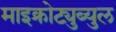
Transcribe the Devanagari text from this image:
माइक्रोट्युब्युल